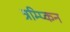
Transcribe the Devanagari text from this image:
त्रम्प्किन